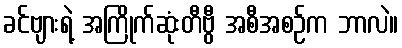
ခင်ဗျားရဲ့ အကြိုက်ဆုံးတီဗွီ အစီအစဉ်က ဘာလဲ။